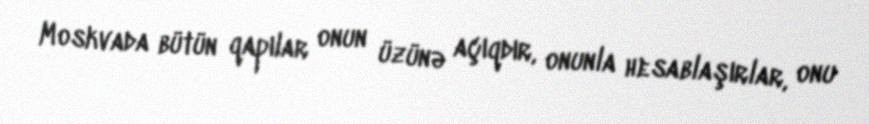
Moskvada bütün qapılar onun üzünə açıqdır, onunla hesablaşırlar, onu